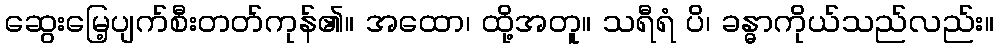
ဆွေးမြေ့ပျက်စီးတတ်ကုန်၏။ အထော၊ ထို့အတူ။ သရီရံ ပိ၊ ခန္ဓာကိုယ်သည်လည်း။